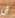
أن